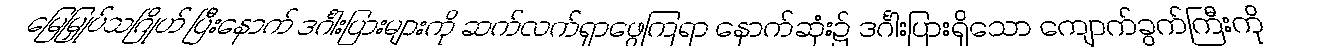
မြေမြှုပ်သဂြိုဟ် ပြီးနောက် ဒင်္ဂါးပြားများကို ဆက်လက်ရှာဖွေကြရာ နောက်ဆုံး၌ ဒင်္ဂါးပြားရှိသော ကျောက်ခွက်ကြီးကို